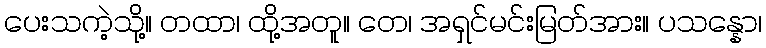
ပေးသကဲ့သို့။ တထာ၊ ထို့အတူ။ တေ၊ အရှင်မင်းမြတ်အား။ ပသန္နော၊